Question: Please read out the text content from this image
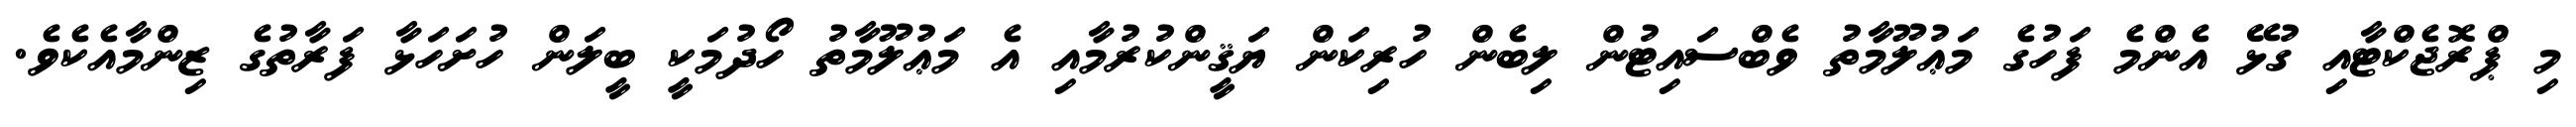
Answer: މި ޕްރޮޖެކްޓާއި ގުޅޭ އެންމެ ފަހުގެ މަޢުލޫމާތު ވެބްސައިޓުން ލިބެން ހުރިކަން ޔަޤީންކުރުމާއި އެ މަޢުލޫމާތު ހޯދުމަކީ ބީލަން ހުށަހަޅާ ފަރާތުގެ ޒިންމާއެކެވެ.